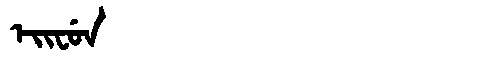
Manchu: ᡝᡳᠸᡠᠨ
Romanization: EIFUN